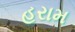
હરામ